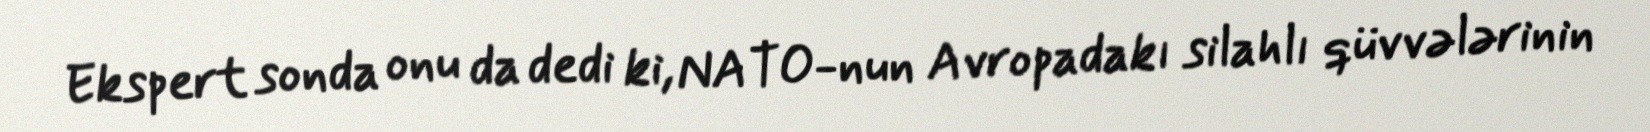
Ekspert sonda onu da dedi ki, NATO-nun Avropadakı silahlı qüvvələrinin